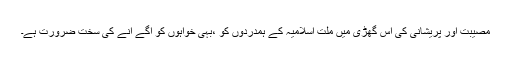
مصیبت اور پریشانی کی اس گھڑی میں ملت اسلامیہ کے ہمدردوں کو ،بہی خواہوں کو آگے آنے کی سخت ضرورت ہے۔